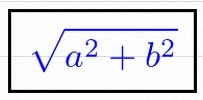
\sqrt{a^2+b^2}